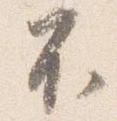
不